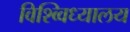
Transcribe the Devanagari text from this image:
विश्व्विध्यालय